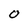
Character: O